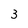
Character: 3